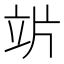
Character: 𥩜